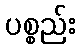
ပစ္စည်း